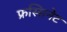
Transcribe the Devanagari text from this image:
फ्रस्सिनेट